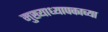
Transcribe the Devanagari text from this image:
मुख्याध्यापकाच्या